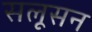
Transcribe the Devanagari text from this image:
सलूसन